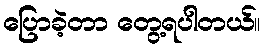
ပြောခဲ့တာ တွေ့ရပါတယ်။